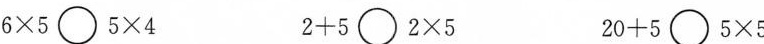
$$6 × 5 \circ 5 × 4$$ $$2 + 5 \circ 2 × 5$$ $$20 + 5 \circ 5 × 5$$